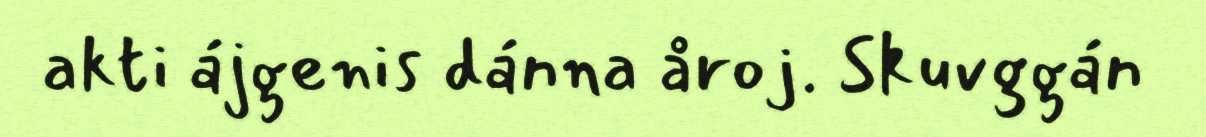
akti ájgenis dánna åroj. Skuvggán